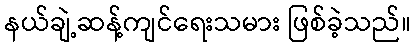
နယ်ချဲ့ဆန့်ကျင်ရေးသမား ဖြစ်ခဲ့သည်။